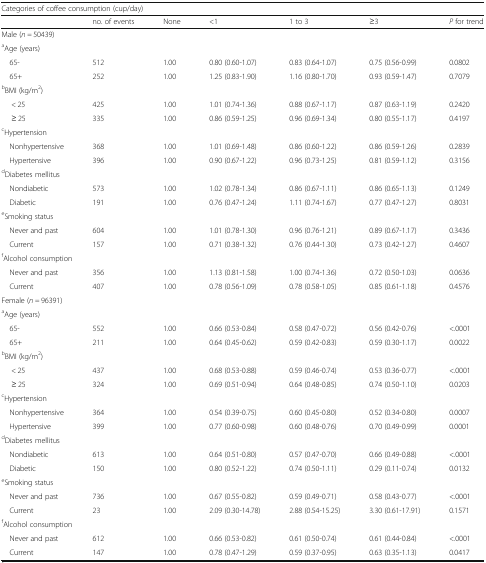
<table><thead><tr><td colspan="7"><b>Categories of coffee consumption (cup/day)</b></td></tr><tr><td></td><td><b>no. of events</b></td><td><b>None</b></td><td><b>&lt;1</b></td><td><b>1 to 3</b></td><td><b>≥3</b></td><td><b><i>P</i> for trend</b></td></tr></thead><tbody><tr><td colspan="7">Male (<i>n =</i> 50439)</td></tr><tr><td colspan="7"><sup>a</sup>Age (years)</td></tr><tr><td> 65-</td><td>512</td><td>1.00</td><td>0.80 (0.60-1.07)</td><td>0.83 (0.64-1.07)</td><td>0.75 (0.56-0.99)</td><td>0.0802</td></tr><tr><td> 65+</td><td>252</td><td>1.00</td><td>1.25 (0.83-1.90)</td><td>1.16 (0.80-1.70)</td><td>0.93 (0.59-1.47)</td><td>0.7079</td></tr><tr><td colspan="7"><sup>b</sup>BMI (kg/m<sup>2</sup>)</td></tr><tr><td>&lt; 25</td><td>425</td><td>1.00</td><td>1.01 (0.74-1.36)</td><td>0.88 (0.67-1.17)</td><td>0.87 (0.63-1.19)</td><td>0.2420</td></tr><tr><td>≥ 25</td><td>335</td><td>1.00</td><td>0.86 (0.59-1.25)</td><td>0.96 (0.69-1.34)</td><td>0.80 (0.55-1.17)</td><td>0.4197</td></tr><tr><td colspan="7"><sup>c</sup>Hypertension</td></tr><tr><td> Nonhypertensive</td><td>368</td><td>1.00</td><td>1.01 (0.69-1.48)</td><td>0.86 (0.60-1.22)</td><td>0.86 (0.59-1.26)</td><td>0.2839</td></tr><tr><td> Hypertensive</td><td>396</td><td>1.00</td><td>0.90 (0.67-1.22)</td><td>0.96 (0.73-1.25)</td><td>0.81 (0.59-1.12)</td><td>0.3156</td></tr><tr><td colspan="7"><sup>d</sup>Diabetes mellitus</td></tr><tr><td> Nondiabetic</td><td>573</td><td>1.00</td><td>1.02 (0.78-1.34)</td><td>0.86 (0.67-1.11)</td><td>0.86 (0.65-1.13)</td><td>0.1249</td></tr><tr><td> Diabetic</td><td>191</td><td>1.00</td><td>0.76 (0.47-1.24)</td><td>1.11 (0.74-1.67)</td><td>0.77 (0.47-1.27)</td><td>0.8031</td></tr><tr><td colspan="7"><sup>e</sup>Smoking status</td></tr><tr><td> Never and past</td><td>604</td><td>1.00</td><td>1.01 (0.78-1.30)</td><td>0.96 (0.76-1.21)</td><td>0.89 (0.67-1.17)</td><td>0.3436</td></tr><tr><td> Current</td><td>157</td><td>1.00</td><td>0.71 (0.38-1.32)</td><td>0.76 (0.44-1.30)</td><td>0.73 (0.42-1.27)</td><td>0.4607</td></tr><tr><td colspan="7"><sup>f</sup>Alcohol consumption</td></tr><tr><td> Never and past</td><td>356</td><td>1.00</td><td>1.13 (0.81-1.58)</td><td>1.00 (0.74-1.36)</td><td>0.72 (0.50-1.03)</td><td>0.0636</td></tr><tr><td> Current</td><td>407</td><td>1.00</td><td>0.78 (0.56-1.09)</td><td>0.78 (0.58-1.05)</td><td>0.85 (0.61-1.18)</td><td>0.4576</td></tr><tr><td colspan="7">Female (<i>n =</i> 96391)</td></tr><tr><td colspan="7"><sup>a</sup>Age (years)</td></tr><tr><td> 65-</td><td>552</td><td>1.00</td><td>0.66 (0.53-0.84)</td><td>0.58 (0.47-0.72)</td><td>0.56 (0.42-0.76)</td><td>&lt;.0001</td></tr><tr><td> 65+</td><td>211</td><td>1.00</td><td>0.64 (0.45-0.62)</td><td>0.59 (0.42-0.83)</td><td>0.59 (0.30-1.17)</td><td>0.0022</td></tr><tr><td colspan="7"><sup>b</sup>BMI (kg/m<sup>2</sup>)</td></tr><tr><td>&lt; 25</td><td>437</td><td>1.00</td><td>0.68 (0.53-0.88)</td><td>0.59 (0.46-0.74)</td><td>0.53 (0.36-0.77)</td><td>&lt;.0001</td></tr><tr><td>≥ 25</td><td>324</td><td>1.00</td><td>0.69 (0.51-0.94)</td><td>0.64 (0.48-0.85)</td><td>0.74 (0.50-1.10)</td><td>0.0203</td></tr><tr><td colspan="7"><sup>c</sup>Hypertension</td></tr><tr><td> Nonhypertensive</td><td>364</td><td>1.00</td><td>0.54 (0.39-0.75)</td><td>0.60 (0.45-0.80)</td><td>0.52 (0.34-0.80)</td><td>0.0007</td></tr><tr><td> Hypertensive</td><td>399</td><td>1.00</td><td>0.77 (0.60-0.98)</td><td>0.60 (0.48-0.76)</td><td>0.70 (0.49-0.99)</td><td>0.0001</td></tr><tr><td colspan="7"><sup>d</sup>Diabetes mellitus</td></tr><tr><td> Nondiabetic</td><td>613</td><td>1.00</td><td>0.64 (0.51-0.80)</td><td>0.57 (0.47-0.70)</td><td>0.66 (0.49-0.88)</td><td>&lt;.0001</td></tr><tr><td> Diabetic</td><td>150</td><td>1.00</td><td>0.80 (0.52-1.22)</td><td>0.74 (0.50-1.11)</td><td>0.29 (0.11-0.74)</td><td>0.0132</td></tr><tr><td colspan="7"><sup>e</sup>Smoking status</td></tr><tr><td> Never and past</td><td>736</td><td>1.00</td><td>0.67 (0.55-0.82)</td><td>0.59 (0.49-0.71)</td><td>0.58 (0.43-0.77)</td><td>&lt;.0001</td></tr><tr><td> Current</td><td>23</td><td>1.00</td><td>2.09 (0.30-14.78)</td><td>2.88 (0.54-15.25)</td><td>3.30 (0.61-17.91)</td><td>0.1571</td></tr><tr><td colspan="7"><sup>f</sup>Alcohol consumption</td></tr><tr><td> Never and past</td><td>612</td><td>1.00</td><td>0.66 (0.53-0.82)</td><td>0.61 (0.50-0.74)</td><td>0.61 (0.44-0.84)</td><td>&lt;.0001</td></tr><tr><td> Current</td><td>147</td><td>1.00</td><td>0.78 (0.47-1.29)</td><td>0.59 (0.37-0.95)</td><td>0.63 (0.35-1.13)</td><td>0.0417</td></tr></tbody></table>